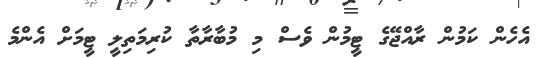
އެހެން ކަމުން ރާއްޖޭގެ ޓީމުން ވެސް މި މުބާރާތާ ކުރިމަތިލީ ޓީމަށް އެންމެ